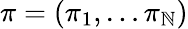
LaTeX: \pi=(\pi_{1},\ldots\pi_{\mathbb{N}})